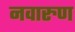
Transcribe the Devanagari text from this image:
नवारुण